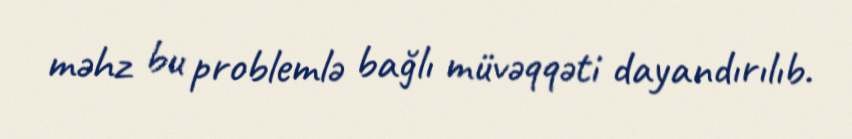
məhz bu problemlə bağlı müvəqqəti dayandırılıb.